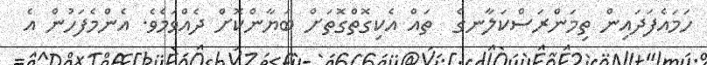
ހަމައެފަދައިން ތިމަންރަސްކަލާނގެ  ތައް އެކިގޮތްގޮތަށް ބަޔާންކޮށް ދެއްވަމެވެ. އެންމެފަހުން އެ